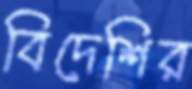
বিদেশির